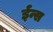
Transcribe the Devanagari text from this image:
ईन्स